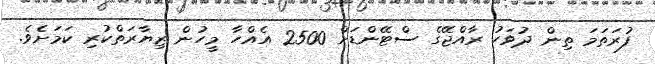
ފުރަތަމަ ތިން ދުވަހު ރާއްޖޭގެ ސްޓޭންޑަށް 2500 އެއްހާ މީހުން ޒިޔާރަތްކުރި ކަމަށެވެ.